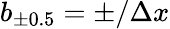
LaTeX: b_{\pm 0.5}=\pm/\Delta x